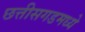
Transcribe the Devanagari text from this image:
छत्तीसगडमध्ये